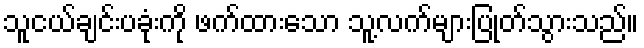
သူငယ်ချင်းပခုံးကို ဖက်ထားသော သူ့လက်များပြုတ်သွားသည်။